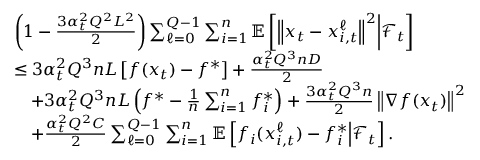
\begin{array} { r l } & { \left( 1 - \frac { 3 \alpha _ { t } ^ { 2 } Q ^ { 2 } L ^ { 2 } } { 2 } \right) \sum _ { \ell = 0 } ^ { Q - 1 } \sum _ { i = 1 } ^ { n } \mathbb { E } \left[ \left\Vert x _ { t } - x _ { i , t } ^ { \ell } \right\Vert ^ { 2 } \middle | \mathcal { F } _ { t } \right] } \\ & { \leq 3 \alpha _ { t } ^ { 2 } Q ^ { 3 } n L \left[ f ( x _ { t } ) - f ^ { * } \right] + \frac { \alpha _ { t } ^ { 2 } Q ^ { 3 } n D } { 2 } } \\ & { \quad + 3 \alpha _ { t } ^ { 2 } Q ^ { 3 } n L \left( f ^ { * } - \frac { 1 } { n } \sum _ { i = 1 } ^ { n } f _ { i } ^ { * } \right) + \frac { 3 \alpha _ { t } ^ { 2 } Q ^ { 3 } n } { 2 } \left\Vert \nabla f ( x _ { t } ) \right\Vert ^ { 2 } } \\ & { \quad + \frac { \alpha _ { t } ^ { 2 } Q ^ { 2 } C } { 2 } \sum _ { \ell = 0 } ^ { Q - 1 } \sum _ { i = 1 } ^ { n } \mathbb { E } \left[ f _ { i } ( x _ { i , t } ^ { \ell } ) - f _ { i } ^ { * } \middle | \mathcal { F } _ { t } \right] . } \end{array}